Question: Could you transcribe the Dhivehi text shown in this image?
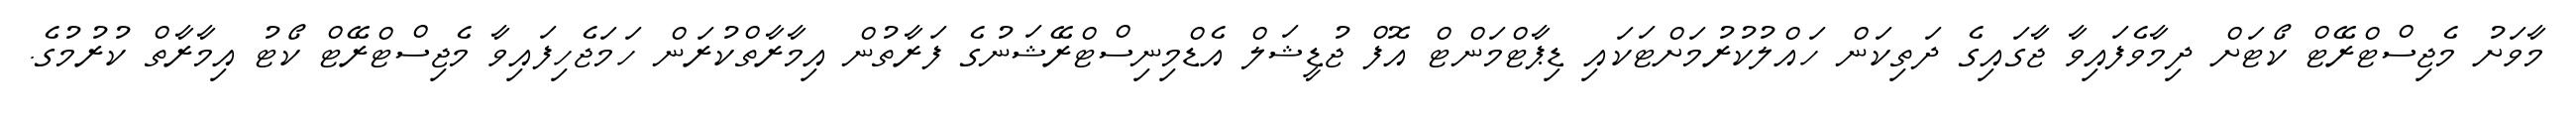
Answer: މާވަށު މެޖިސްޓްރޭޓް ކޯޓަށް ދިމާވެފައިވާ ޖާގައިގެ ދަތިކަން ހައްލުކުރުމަށްޓަކައި ޑިޕާޓްމަންޓް އޮފް ޖުޑީޝަލް އެޑްމިނިސްޓްރޭޝަނުގެ ފަރާތުން އިމާރާތްކުރަން ހަމަޖެހިފައިވާ މެޖިސްޓްރޭޓް ކޯޓު އިމާރާތް ކުރުމުގެ.